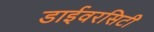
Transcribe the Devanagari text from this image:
डाईवरसिटी